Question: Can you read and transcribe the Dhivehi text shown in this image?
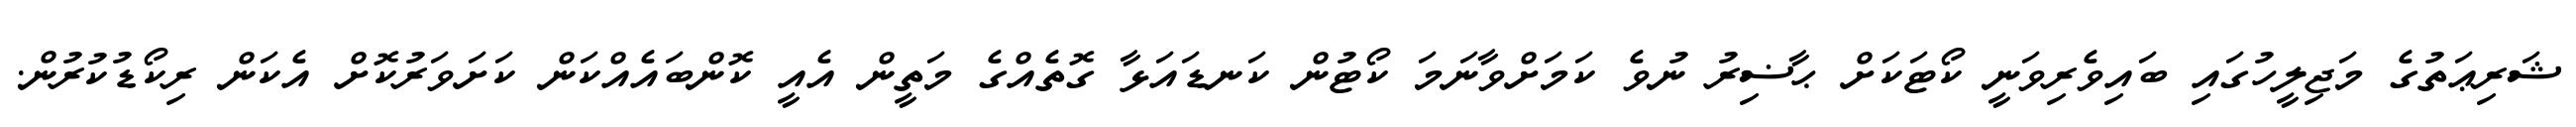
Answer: ޝަރިޢަތުގެ މަޖިލީހުގައި ބައިވެރިވަނީ ކޯޓަކަށް ޙާޟިރު ނުވެ ކަމަށްވާނަމަ ކޯޓުން ކަނޑައަޅާ ގޮތެއްގެ މަތީން އެއީ ކޮންބައެއްކަން ކަށަވަރުކޮށް އެކަން ރިކޯޑުކުރުން.